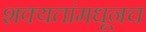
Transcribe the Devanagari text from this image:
शक्यतांमधूनच